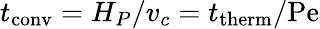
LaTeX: t_{\mathrm{conv}}=H_{P}/v_{c}=t_{\mathrm{therm}}/\mathrm{Pe}